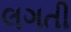
લગતી